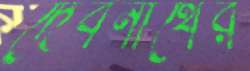
দেবনাথের